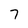
Character: 7